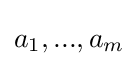
a_{1},...,a_{m}